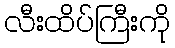
လီးထိပ်ကြီးကို